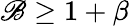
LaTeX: \mathscr{B}\ge1+\beta